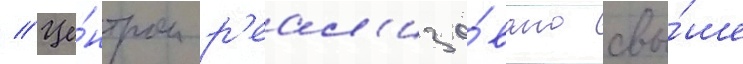
// Це́нтром р'еал'изо́вано свы́ше